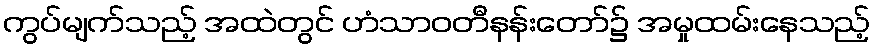
ကွပ်မျက်သည့် အထဲတွင် ဟံသာဝတီနန်းတော်၌ အမှုထမ်းနေသည့်